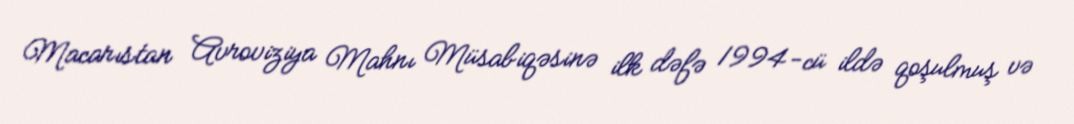
Macarıstan Avroviziya Mahnı Müsabiqəsinə ilk dəfə 1994-cü ildə qoşulmuş və